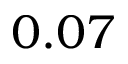
0 . 0 7